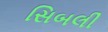
સિબલી